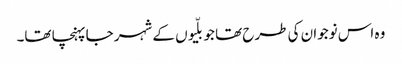
وہ اس نوجوان کی طرح تھا جو بلّیوں کے شہر جا پہنچا تھا۔